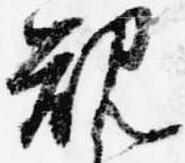
規